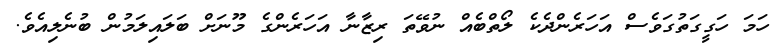
ހަމަ ހަގީގަތުގަވެސް އަހަރެންދެކެ ލޯތްބެއް ނުވޭތަ ރިޒާނާ އަހަރެންގެ މޫނަށް ބަލައިލަމުން ބުނެލިއެވެ.